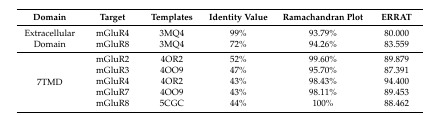
<table><thead><tr><td><b>Domain</b></td><td><b>Target</b></td><td><b>Templates</b></td><td><b>Identity Value</b></td><td><b>Ramachandran Plot</b></td><td><b>ERRAT</b></td></tr></thead><tbody><tr><td rowspan="2">Extracellular Domain</td><td>mGluR4</td><td>3MQ4</td><td>99%</td><td>93.79%</td><td>80.000</td></tr><tr><td>mGluR8</td><td>3MQ4</td><td>72%</td><td>94.26%</td><td>83.559</td></tr><tr><td rowspan="5">7TMD</td><td>mGluR2</td><td>4OR2</td><td>52%</td><td>99.60%</td><td>89.879</td></tr><tr><td>mGluR3</td><td>4OO9</td><td>47%</td><td>95.70%</td><td>87.391</td></tr><tr><td>mGluR4</td><td>4OR2</td><td>43%</td><td>98.43%</td><td>94.400</td></tr><tr><td>mGluR7</td><td>4OO9</td><td>43%</td><td>98.11%</td><td>89.453</td></tr><tr><td>mGluR8</td><td>5CGC</td><td>44%</td><td>100%</td><td>88.462</td></tr></tbody></table>